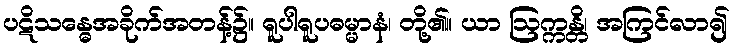
ပဋိသန္ဓေအခိုက်အတန့်၌။ ရူပါရူပဓမ္မာနံ၊ တို့၏။ ယာ ဩက္ကန္တိ၊ အကြင်လာ၍